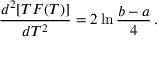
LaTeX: \frac { d ^ { 2 } [ T F ( T ) ] } { d T ^ { 2 } } = 2 \ln \frac { b - a } { 4 } \, .